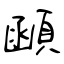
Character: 顄